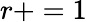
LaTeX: r+=1